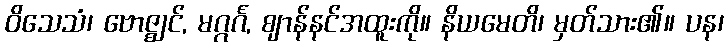
ဝိသေသံ၊ ဗောဇ္ဈင်, မဂ္ဂင်္ဂ, ဈာန်နင်အထူးကို။ နိယမေတိ၊ မှတ်သား၏။ ပန၊